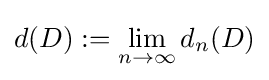
d(D):=\lim _{n\to \infty }d_{n}(D)